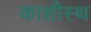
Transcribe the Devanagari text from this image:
काशीस्थ